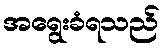
အရွေးခံရသည်